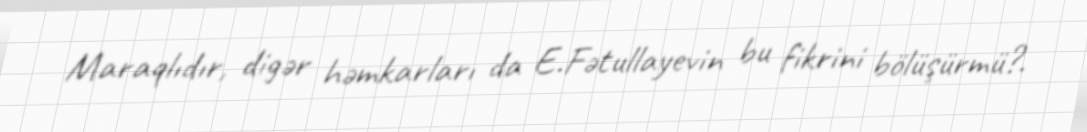
Maraqlıdır, digər həmkarları da E.Fətullayevin bu fikrini bölüşürmü?.